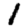
Digit: 1